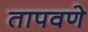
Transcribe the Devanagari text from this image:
तापवणे